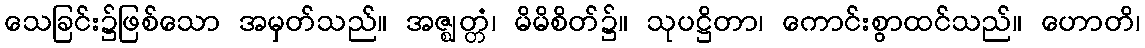
သေခြင်း၌ဖြစ်သော အမှတ်သည်။ အဇ္ဈတ္တံ၊ မိမိစိတ်၌။ သုပဋ္ဌိတာ၊ ကောင်းစွာထင်သည်။ ဟောတိ၊